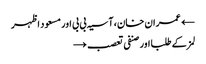
← عمران خان، آسیہ بی بی اور مسعود اظہر
لمز کے طلبا اور صنفی تعصب →